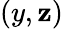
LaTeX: (y,\mathbf{z})